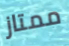
ممتاز